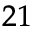
^ { 2 1 }